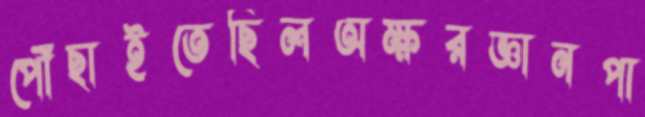
পৌঁছাইতেছিলঅক্ষরজ্ঞানপা